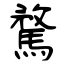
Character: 騖